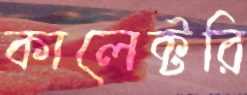
কালেক্টরি